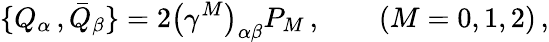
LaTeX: \{ Q_{\alpha}\, ,{\bar{Q}}_{\beta}\} =2\left(\gamma^{M}\right)_{\alpha\beta}P_{M}\, ,\qquad(M=0,1,2)\, ,